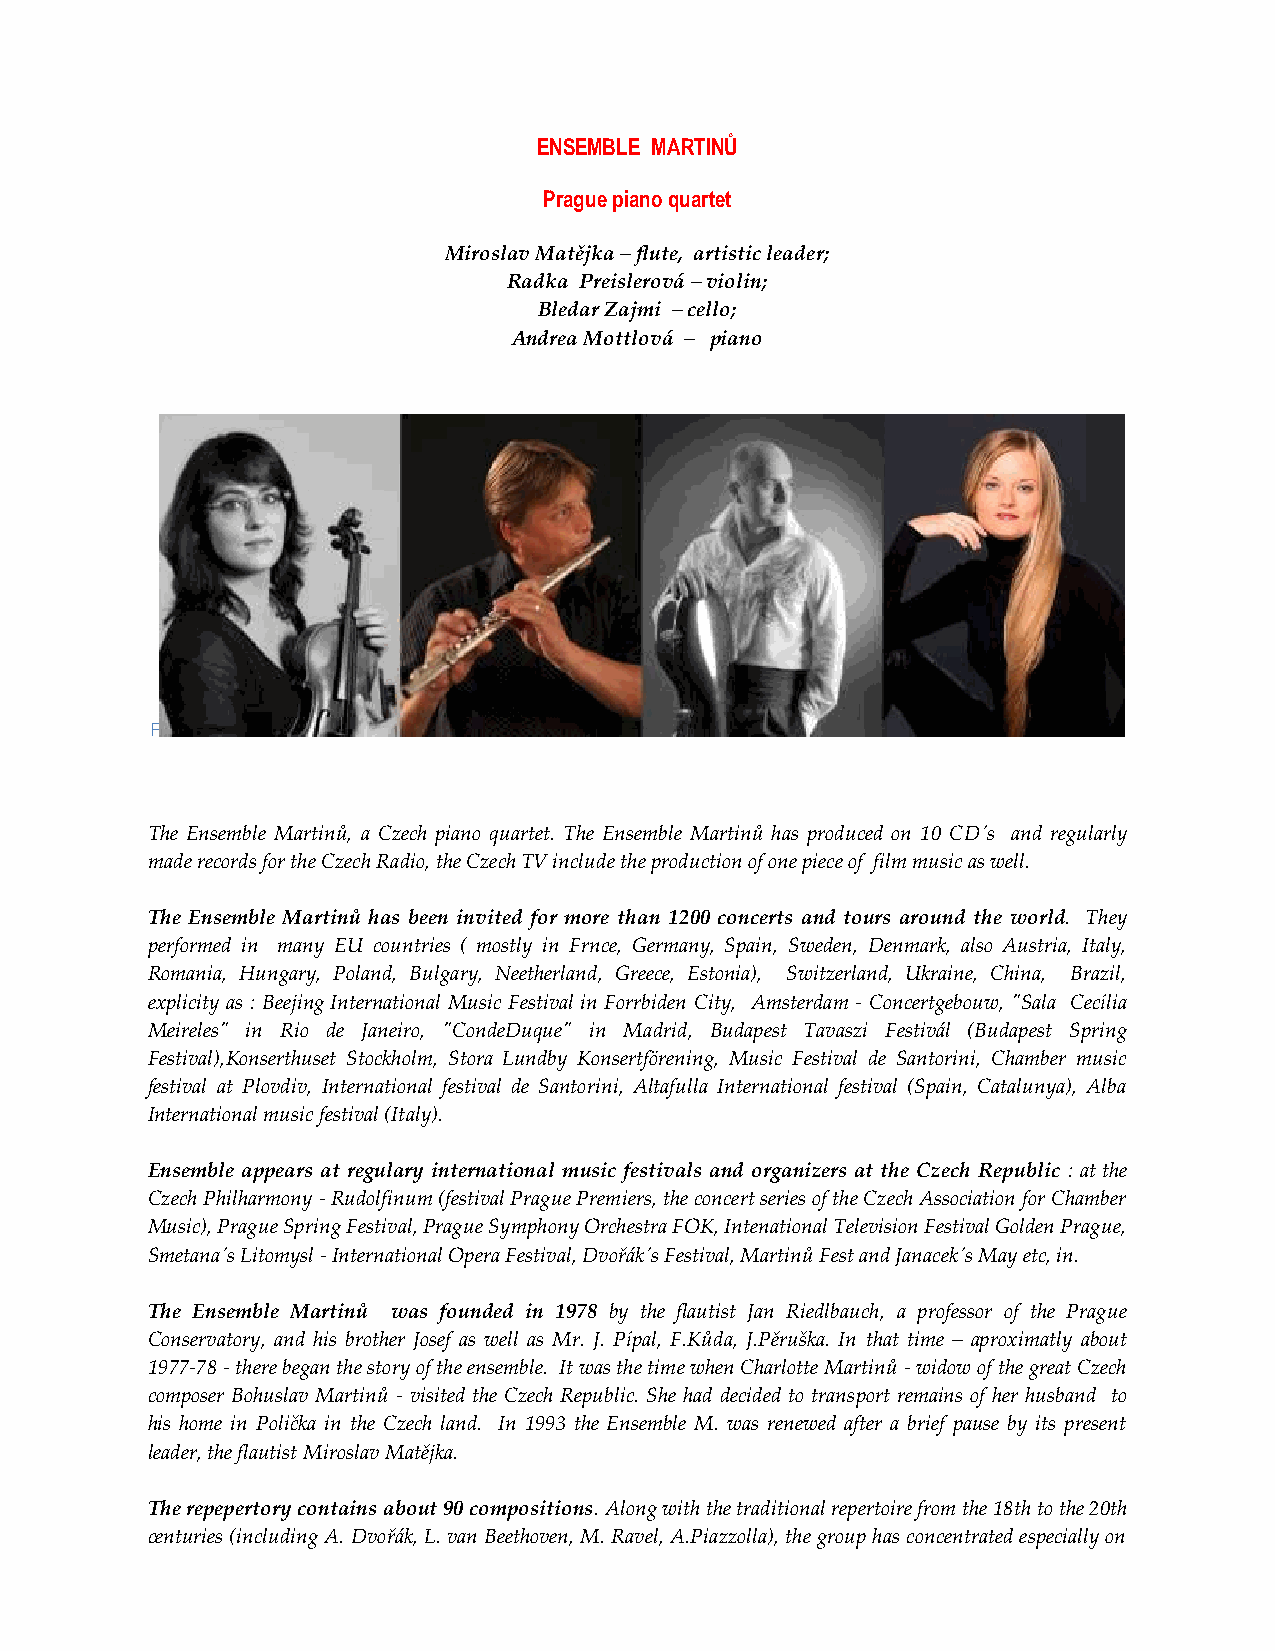
ENSEMBLE MARTINŮ
 Prague piano quartet
 Miroslav Matějka – flute, artistic leader;
 Radka Preislerová – violin;
 Bledar Zajmi – cello;
 Andrea Mottlová – piano
 F
 The Ensemble Martinů, a Czech piano quartet. The Ensemble Martinů has produced on 10 CD´s and regularly
 made records for the Czech Radio, the Czech TV include the production of one piece of film music as well.
 The Ensemble Martinů has been invited for more than 1200 concerts and tours around the world. They
 performed in many EU countries ( mostly in Frnce, Germany, Spain, Sweden, Denmark, also Austria, Italy,
 Romania, Hungary, Poland, Bulgary, Neetherland, Greece, Estonia), Switzerland, Ukraine, China, Brazil,
 explicity as : Beejing International Music Festival in Forrbiden City, Amsterdam - Concertgebouw, "Sala Cecília
 Meireles" in Rio de Janeiro, "CondeDuque" in Madrid, Budapest Tavaszi Festivál (Budapest Spring
 Festival),Konserthuset Stockholm, Stora Lundby Konsertförening, Music Festival de Santorini, Chamber music
 festival at Plovdiv, International festival de Santorini, Altafulla International festival (Spain, Catalunya), Alba
 International music festival (Italy).
 Ensemble appears at regulary international music festivals and organizers at the Czech Republic : at the
 Czech Philharmony - Rudolfinum (festival Prague Premiers, the concert series of the Czech Association for Chamber
 Music), Prague Spring Festival, Prague Symphony Orchestra FOK, Intenational Television Festival Golden Prague,
 Smetana´s Litomysl - International Opera Festival, Dvořák´s Festival, Martinů Fest and Janacek´s May etc, in.
 The Ensemble Martinů was founded in 1978 by the flautist Jan Riedlbauch, a professor of the Prague
 Conservatory, and his brother Josef as well as Mr. J. Pípal, F.Kůda, J.Pěruška. In that time – aproximatly about
 1977-78 - there began the story of the ensemble. It was the time when Charlotte Martinů - widow of the great Czech
 composer Bohuslav Martinů - visited the Czech Republic. She had decided to transport remains of her husband to
 his home in Polička in the Czech land. In 1993 the Ensemble M. was renewed after a brief pause by its present
 leader, the flautist Miroslav Matějka.
 The repepertory contains about 90 compositions. Along with the traditional repertoire from the 18th to the 20th
 centuries (including A. Dvořák, L. van Beethoven, M. Ravel, A.Piazzolla), the group has concentrated especially on